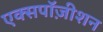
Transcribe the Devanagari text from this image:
एक्सपॉज़ीशन